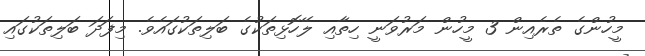
މީހުންގެ ތެރެއިން 3 މީހުން މަރުވަނީ ހިތާއި ލޭހޮޅިތަކުގެ ބަލިތަކުގައެވެ. މިފަދަ ބަލިތަކުގައި